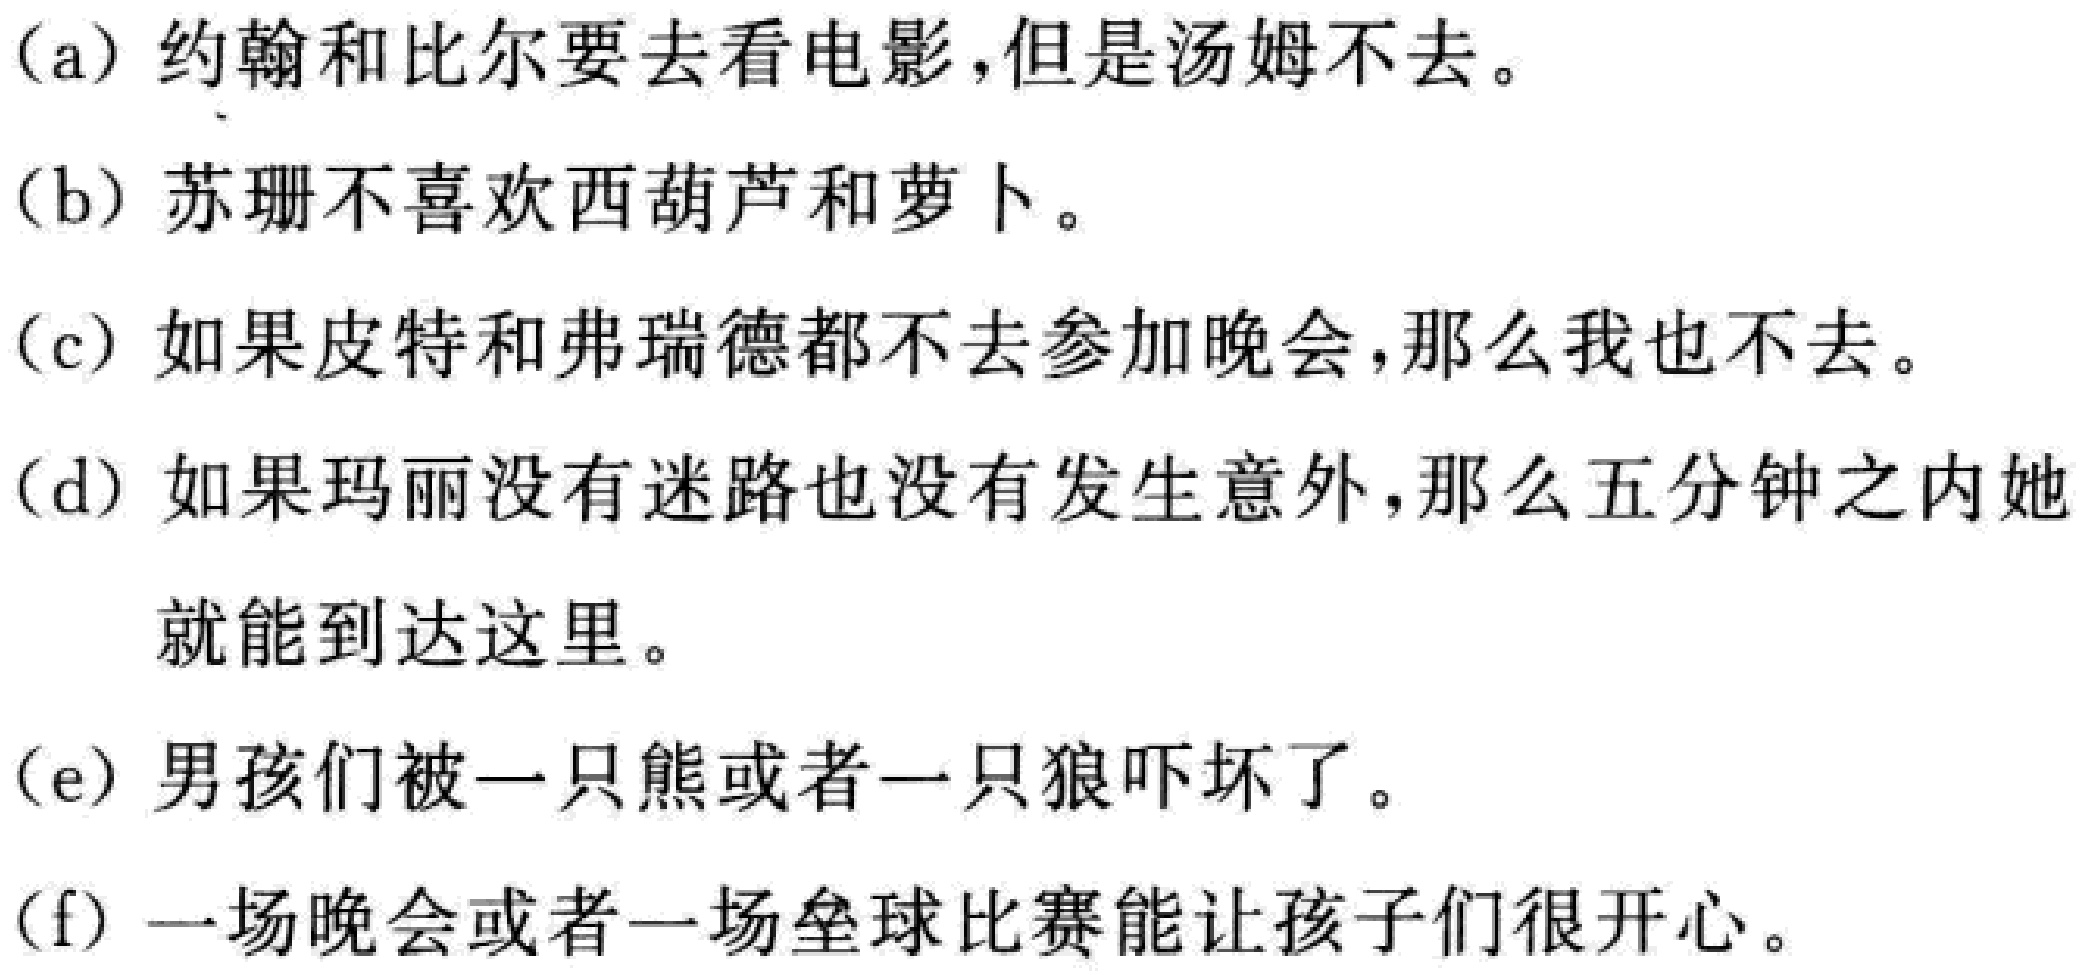
(a) 约翰和比尔要去看电影,但是汤姆不去。
(b) 苏珊不喜欢西葫芦和萝卜。
(c) 如果皮特和弗瑞德都不去参加晚会,那么我也不去。
(d) 如果玛丽没有迷路也没有发生意外,那么五分钟之内她就能到达这里。
(e) 男孩们被一只熊或者一只狼吓坏了。
(f) 一场晚会或者一场垒球比赛能让孩子们很开心。